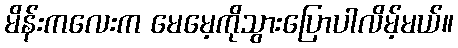
မိန်းကလေးက မေမေ့ကိုသွားပြောပါလိမ့်မယ်။